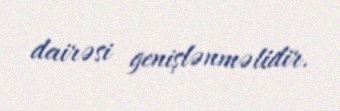
dairəsi genişlənməlidir.